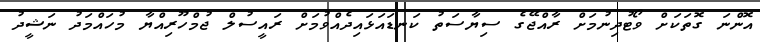
އޮންނަ ގޮތަކަށް ވޯޓުދިނުމަށް ރާއްޖޭގެ ސިޔާސަތު ކަނޑައަޅައިދެއްވުމަށް ރައީސުލް ޖުމްހޫރިއްޔާ މުހައްމަދު ނަޝީދު